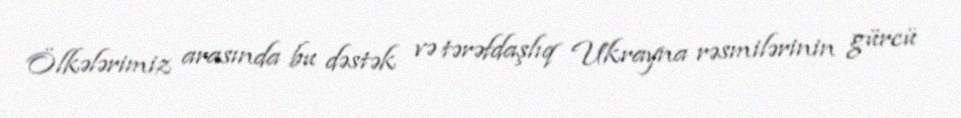
Ölkələrimiz arasında bu dəstək və tərəfdaşlıq Ukrayna rəsmilərinin gürcü